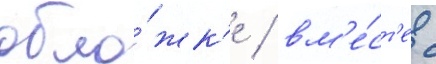
обло́жк'е / вм'е́ст'е с